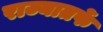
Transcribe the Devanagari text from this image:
राज्यातर्फे